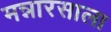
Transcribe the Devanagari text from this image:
मन्नारसाला